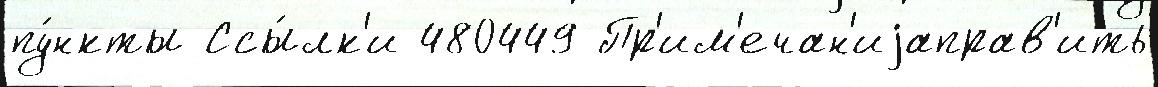
пу́нкты Ссы́лк'и 480449 Пр'им'ечан'иjаправ'ить